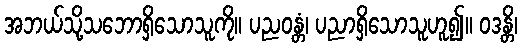
အဘယ်သို့သဘောရှိသောသူကို။ ပညဝန္တံ၊ ပညာရှိသောသူဟူ၍။ ဝဒန္တိ၊